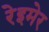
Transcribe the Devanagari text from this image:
रेइमेर